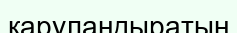
қаруландыратын